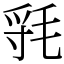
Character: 㲕